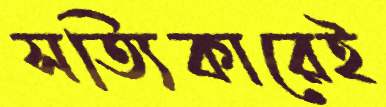
সত্যিকারেই